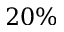
2 0 \%